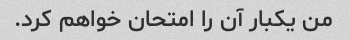
من یکبار آن را امتحان خواهم کرد.